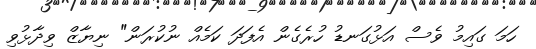
ހަމަ ގައިމު ވެސް އަޅުގަނޑު ހުރެގެން އެފަދަ ކަމެއް ނުކުރަން" ނިޔާޒް ވިދާޅުވި